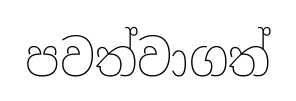
පවත්වාගත්